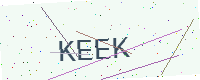
Text: KEEK